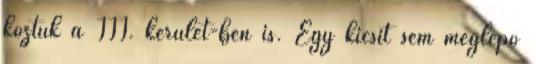
köztük a III. kerület-ben is. Egy kicsit sem meglepő